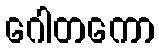
ဂေါတကော